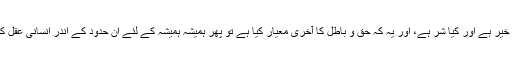
ایک مرتبہ جب یہ بنیادی ڈھانچہ تیار ہو جائے کہ کیا خیر ہے اور کیا شر ہے، اور یہ کہ حق و باطل کا آخری معیار کیا ہے تو پھر ہمیشہ ہمیشہ کے لئے ان حدود کے اندر انسانی عقل کو اجازت ہے کہ وہ جتنی تفصیلات چاہےطے کر لے۔